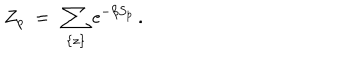
Z _ { p } ~ = ~ \sum _ { \{ z \} } \mathrm { e } ^ { - \beta S _ { p } } \, .